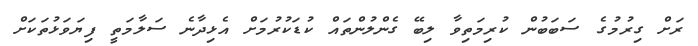
ރަށް ގިރުމުގެ ސަބަބުން ކުރިމަތިވާ ލިބޭ ގެންލުންތައް ކުޑަކުރުމަށް އެޅިދާނެ ސަލާމަތީ ފިޔަވަޅުތަކަށް